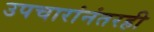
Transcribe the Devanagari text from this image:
उपचारांनंतरही